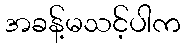
အခန့်မသင့်ပါက